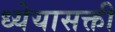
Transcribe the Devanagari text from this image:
ध्येयासक्ती